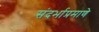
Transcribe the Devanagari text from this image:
संदर्भाप्रमाणे